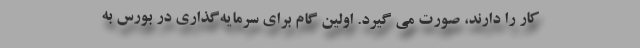
کار را دارند، صورت می گیرد. اولین گام برای سرمایه‌گذاری در بورس به